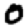
Digit: 0